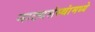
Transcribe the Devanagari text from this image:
नाट्यसंस्थांमध्ये